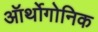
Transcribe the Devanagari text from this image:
ऑर्थोगोनिक